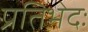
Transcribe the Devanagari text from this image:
प्रतिभेदः